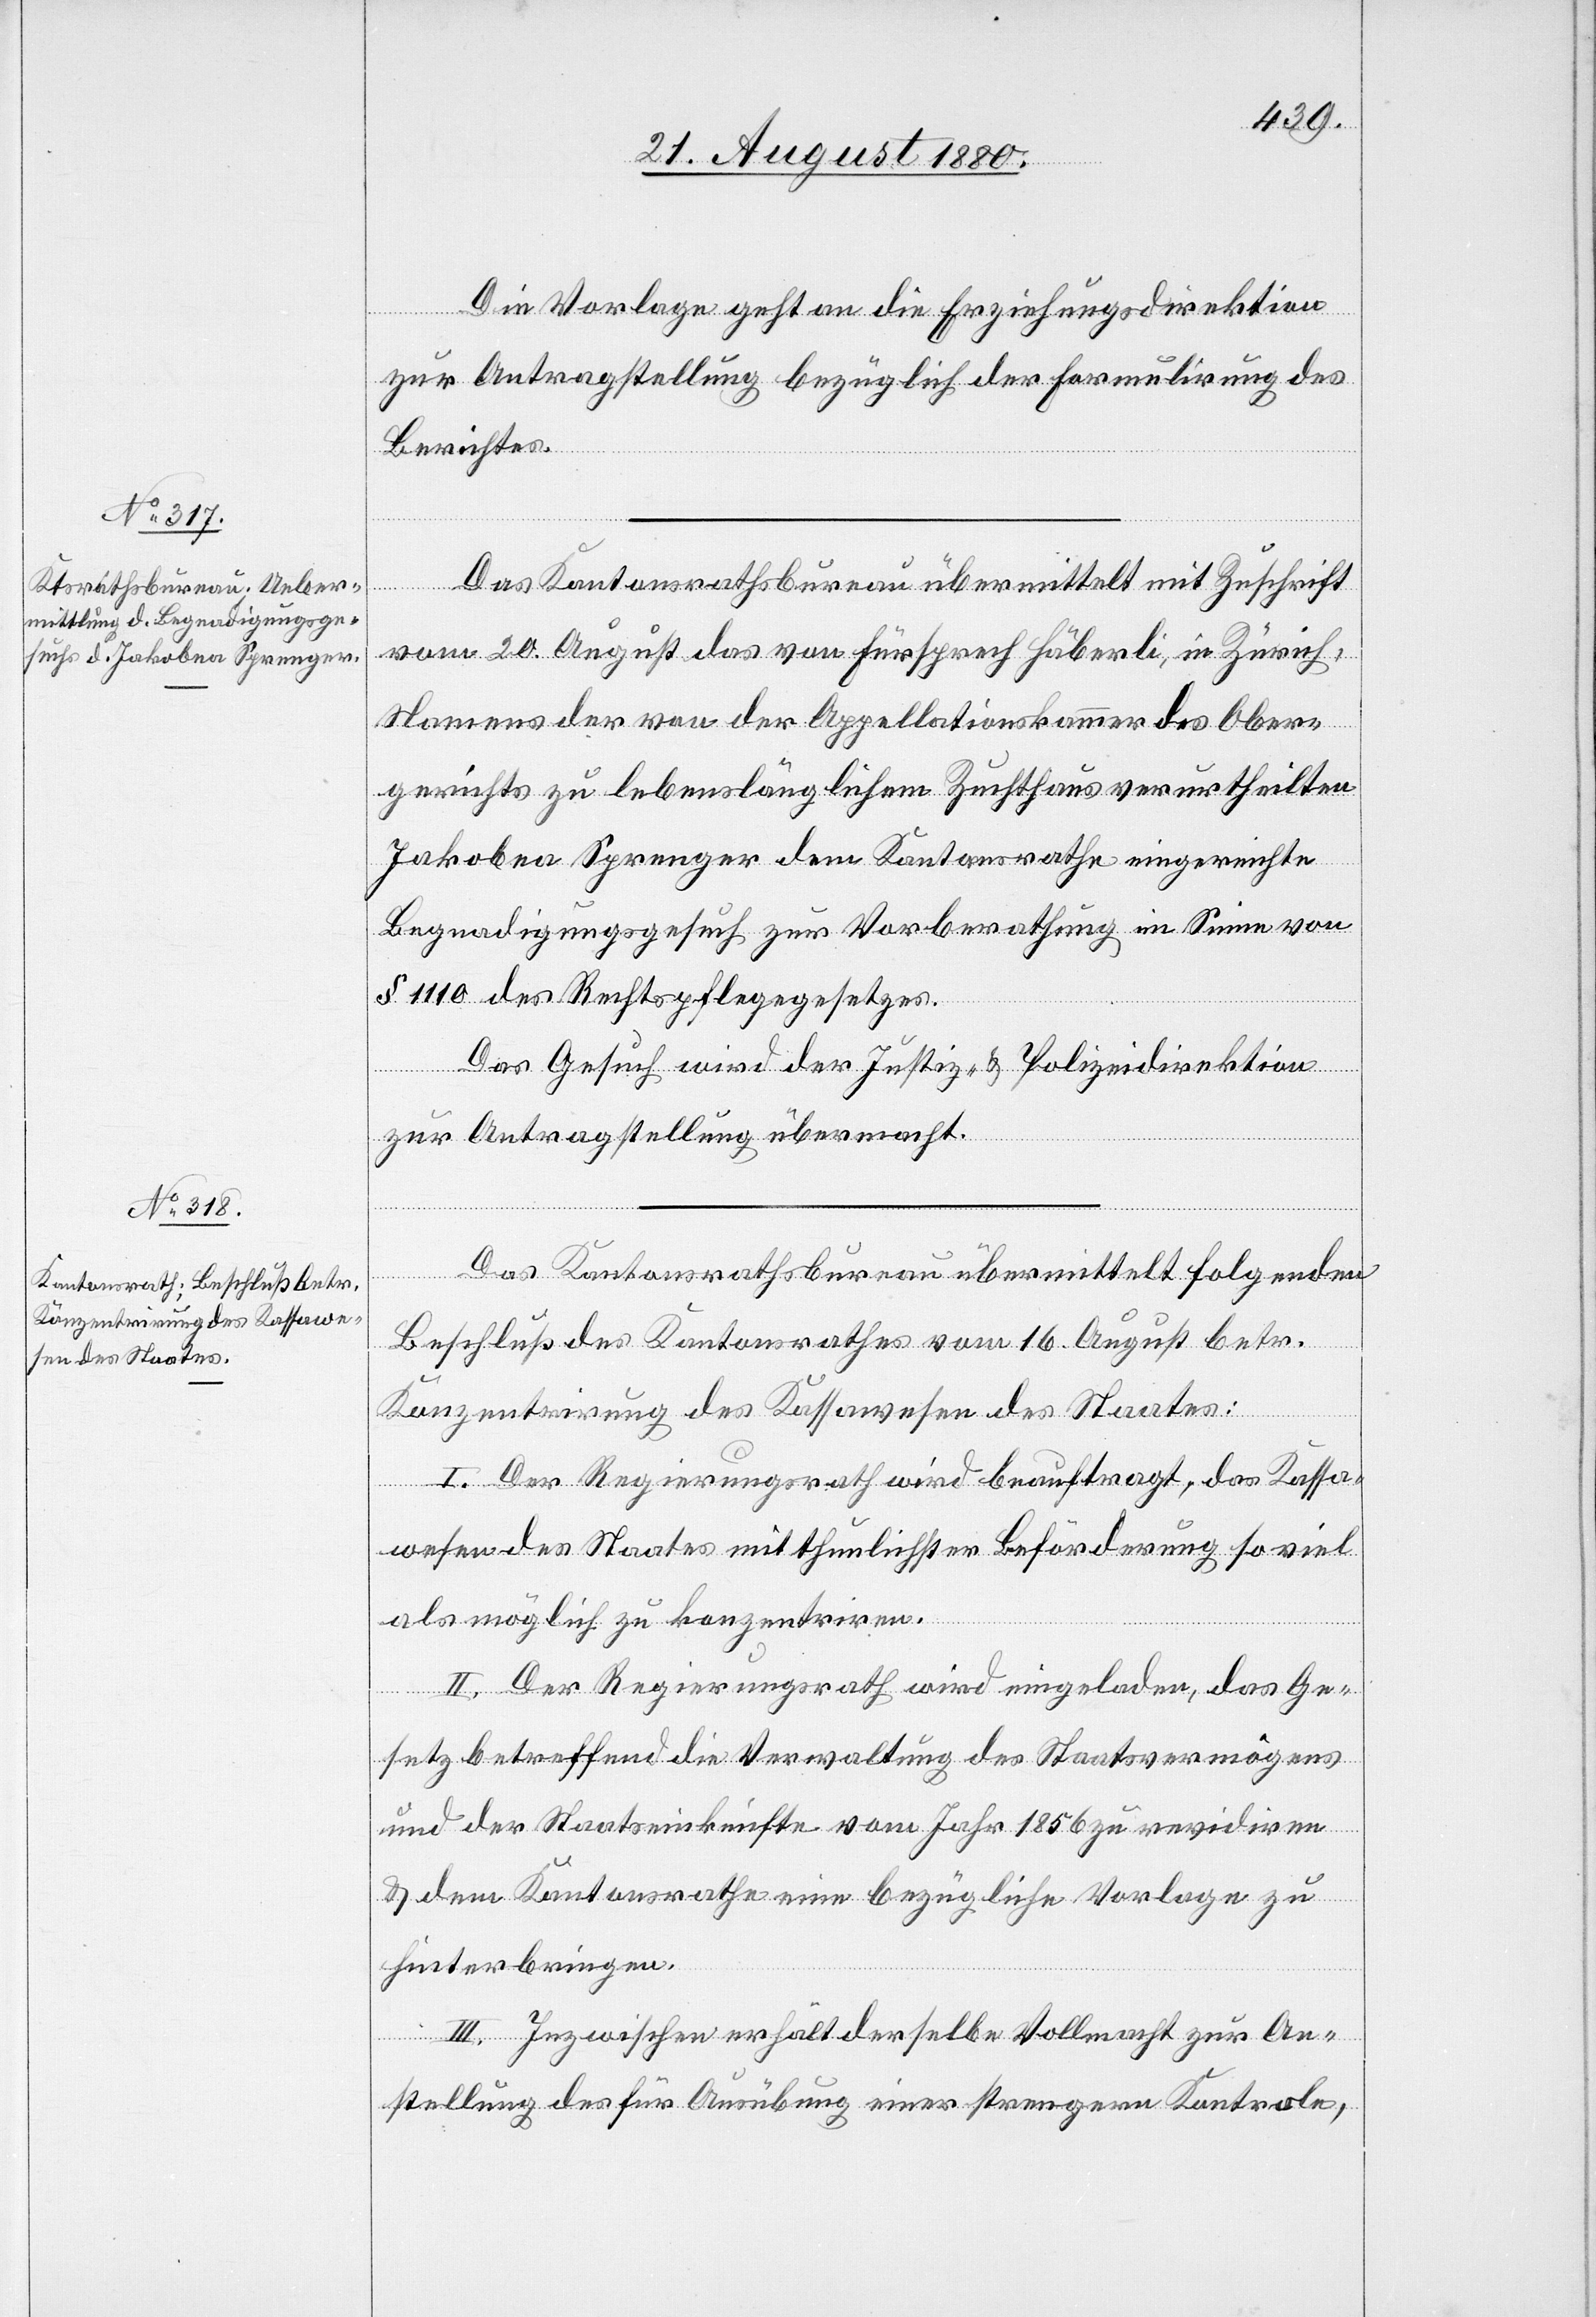
Die Vorlage geht an die Erziehungsdirektion
zur Antragstellung bezüglich der Fomulirung des
Berichtes.
Das Kantonsrathsbureau übermittelt mit Zuschrift
vom 20. August das von Fürsprech Häberli, in Zürich,
Namens der von der Appellationskammer des Ober¬
gerichts zu lebenslänglichem Zuchthaus verurtheilten
Jakobea Sprenger dem Kantonsrathe eingereichte
Begnadigungsgesuch zur Vorberathung im Sinne von
§ 1110 des Rechtspflegegesetzes.
Das Gesuch wird der Justiz- & Polizeidirektion
zur Antragstellung übermacht.
Das Kantonsrathsbureau übermittelt folgenden
Beschluß des Kantonsrathes vom 16. August betr.
Konzentrirung des Kassawesens des Staates:
I. Der Regierungsrath wird beauftragt, das Kassa¬
wesen des Staates mit thunlichster Beförderung so viel
als möglich zu konzentriren.
II. Der Regierungsrath wird eingeladen, das Ge¬
setz betreffend die Verwaltung des Staatsvermögens
und der Staatseinkünfte vom Jahr 1856 zu revidiren
& dem Kantonsrathe eine bezügliche Vorlage zu
hinterbringen.
III. Inzwischen erhält derselbe Vollmacht zur An¬
stellung des für Ausübung einer strengen Kontrole,